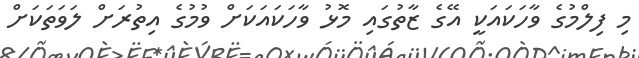
މި ފިލްމުގެ ވާހަކައަކީ އޭގެ ޒާތުގައި މޮޅު ވާހަކައަކަށް ވުމުގެ އިތުރަށް ލަވަތަކަށް